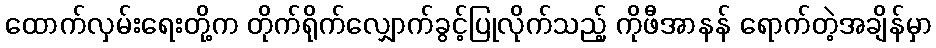
ထောက်လှမ်းရေးတို့က တိုက်ရိုက်လျှောက်ခွင့်ပြုလိုက်သည့် ကိုဖီအာနန် ရောက်တဲ့အချိန်မှာ